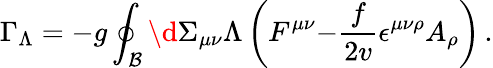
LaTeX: \Gamma_{\Lambda}=-g\oint_{{\cal B}}\d\Sigma_{\mu\nu}\Lambda\left(F^{\mu\nu}{-}\frac{f}{2v}\epsilon^{\mu\nu\rho}A_{\rho}\right)\, .